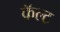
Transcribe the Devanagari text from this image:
कॅल्ट